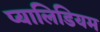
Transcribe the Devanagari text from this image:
प्यालिडियम